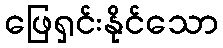
ဖြေရှင်းနိုင်သော